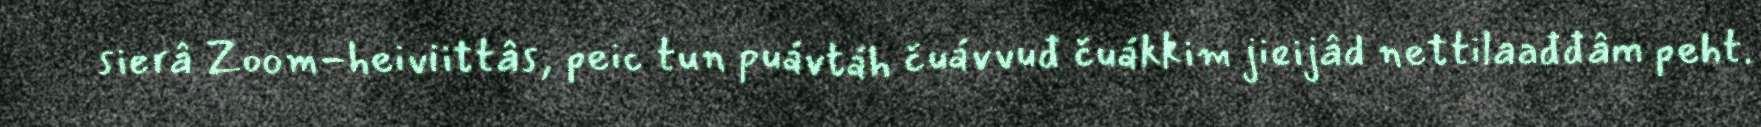
sierâ Zoom-heiviittâs, peic tun puávtáh čuávvuđ čuákkim jieijâd nettilaađđâm peht.